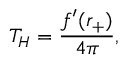
T _ { H } = \frac { f ^ { \prime } ( r _ { + } ) } { 4 \pi } ,